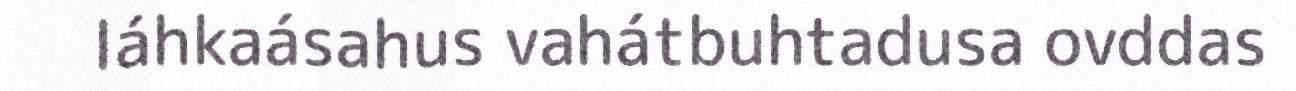
láhkaásahus vahátbuhtadusa ovddas